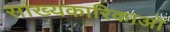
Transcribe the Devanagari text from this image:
सांख्यकारिकाओं